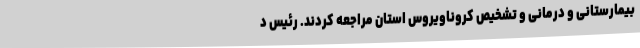
بیمارستانی و درمانی و تشخیص کروناویروس استان مراجعه کردند. رئیس د